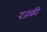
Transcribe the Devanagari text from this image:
रजकी